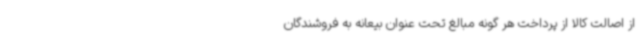
از اصالت کالا از پرداخت هر گونه مبالغ تحت عنوان بیعانه به فروشندگان